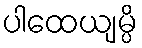
ပါထေယျမ္ပိ